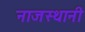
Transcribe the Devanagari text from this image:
नाजस्थानी